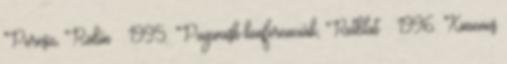
Peresz, Rabín · 1995: Pugwash-konferenciák, Rotblat · 1996: Ximenes